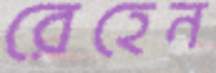
রেহেন